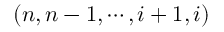
( n , n - 1 , \cdots , i + 1 , i )